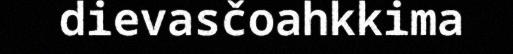
dievasčoahkkima